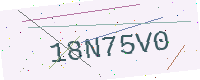
Text: 18N75V0